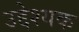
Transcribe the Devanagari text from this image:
उद्देश्यक